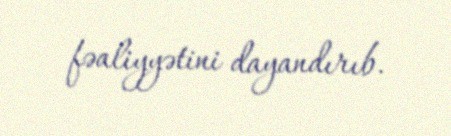
fəaliyyətini dayandırıb.